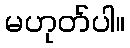
မဟုတ်ပါ။